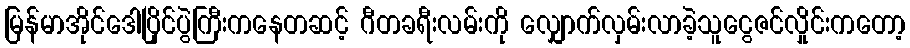
မြန်မာအိုင်ဒေါပြိုင်ပွဲကြီးကနေတဆင့် ဂီတခရီးလမ်းကို လျှောက်လှမ်းလာခဲ့သူငွေဇင်လှိုင်းကတော့